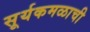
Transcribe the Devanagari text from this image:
सूर्यकमळाची